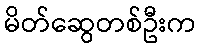
မိတ်ဆွေတစ်ဦးက